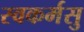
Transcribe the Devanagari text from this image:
स्वकर्मसु